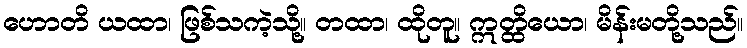
ဟောတိ ယထာ၊ ဖြစ်သကဲ့သို့။ တထာ၊ ထိုတူ။ ဣတ္ထိယော၊ မိန်းမတို့သည်။